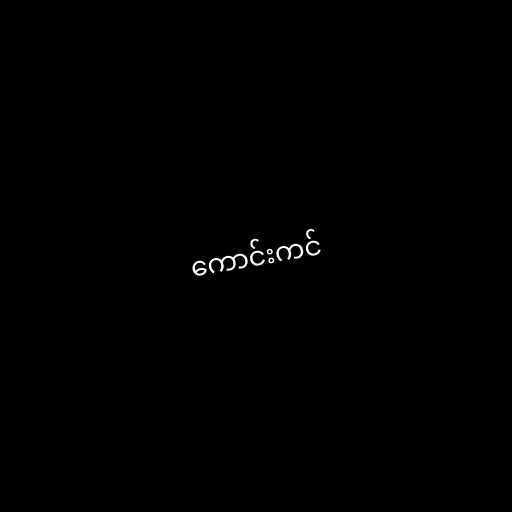
ကောင်းကင်